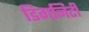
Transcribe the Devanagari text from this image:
डिगनिटी